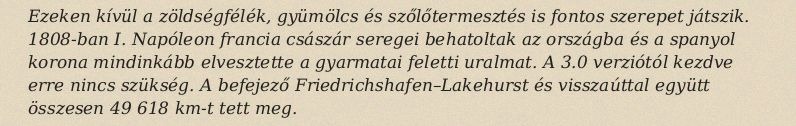
Ezeken kívül a zöldségfélék, gyümölcs és szőlőtermesztés is fontos szerepet játszik. 1808-ban I. Napóleon francia császár seregei behatoltak az országba és a spanyol korona mindinkább elvesztette a gyarmatai feletti uralmat. A 3.0 verziótól kezdve erre nincs szükség. A befejező Friedrichshafen–Lakehurst és visszaúttal együtt összesen 49 618 km-t tett meg.